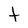
Character: t